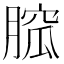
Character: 𦞭